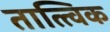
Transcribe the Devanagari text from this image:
तात्त्‍विक